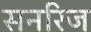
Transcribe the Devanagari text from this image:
सनरिज